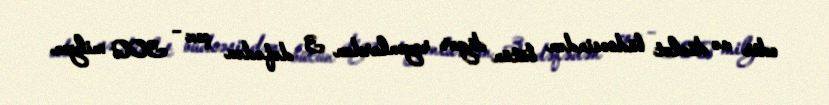
edir və dövlət büdcəsindən bütün digər rayonlardan 3 dəfədən çox – 300 milyon